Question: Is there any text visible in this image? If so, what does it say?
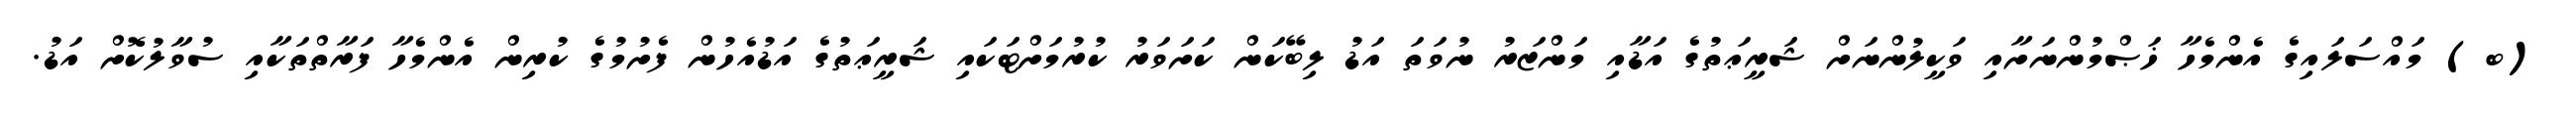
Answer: (ބ) މައްސަލައިގެ އެންމެހާ ޚަޞްމުންނަށާއި ވަކީލުންނަށް ޝަރީޢަތުގެ އަޑާއި މަންޒަރު ނުވަތަ އަޑު ލިބޭކަން ކަށަވަރު ކުރުމަށްޓަކައި ޝަރީޢަތުގެ އަޑުއެހުން ފެށުމުގެ ކުރިން އެންމެހާ ފަރާތްތަކާއި ސުވާލުކޮށް އަޑު.